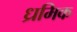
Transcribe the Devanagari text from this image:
ध्रमिक